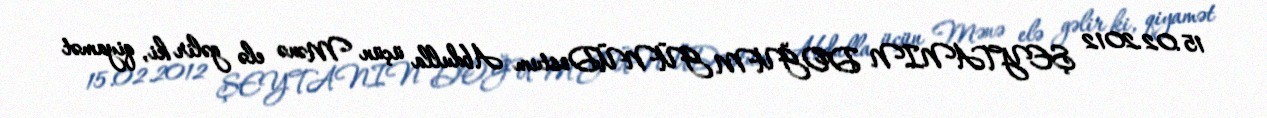
15.02.2012 ŞEYTANIN DOĞUM GÜNÜDostum Abdulla üçün Mənə elə gəlir ki, qiyamət